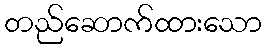
တည်ဆောက်ထားသော